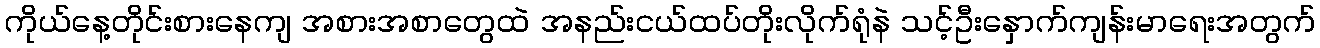
ကိုယ်နေ့တိုင်းစားနေကျ အစားအစာတွေထဲ အနည်းငယ်ထပ်တိုးလိုက်ရုံနဲ သင့်ဦးနှောက်ကျန်းမာရေးအတွက်